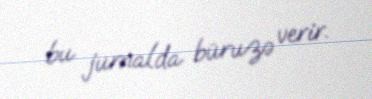
bu jurnalda büruzə verir.